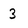
Character: 3